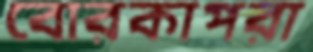
বোরকাপরা